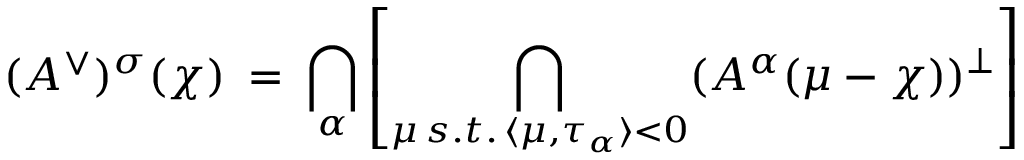
( A ^ { \vee } ) ^ { \sigma } ( \chi ) \: = \: \bigcap _ { \alpha } \left[ \bigcap _ { \mu \, s . t . \, \langle \mu , \tau _ { \alpha } \rangle < 0 } ( A ^ { \alpha } ( \mu - \chi ) ) ^ { \perp } \right]